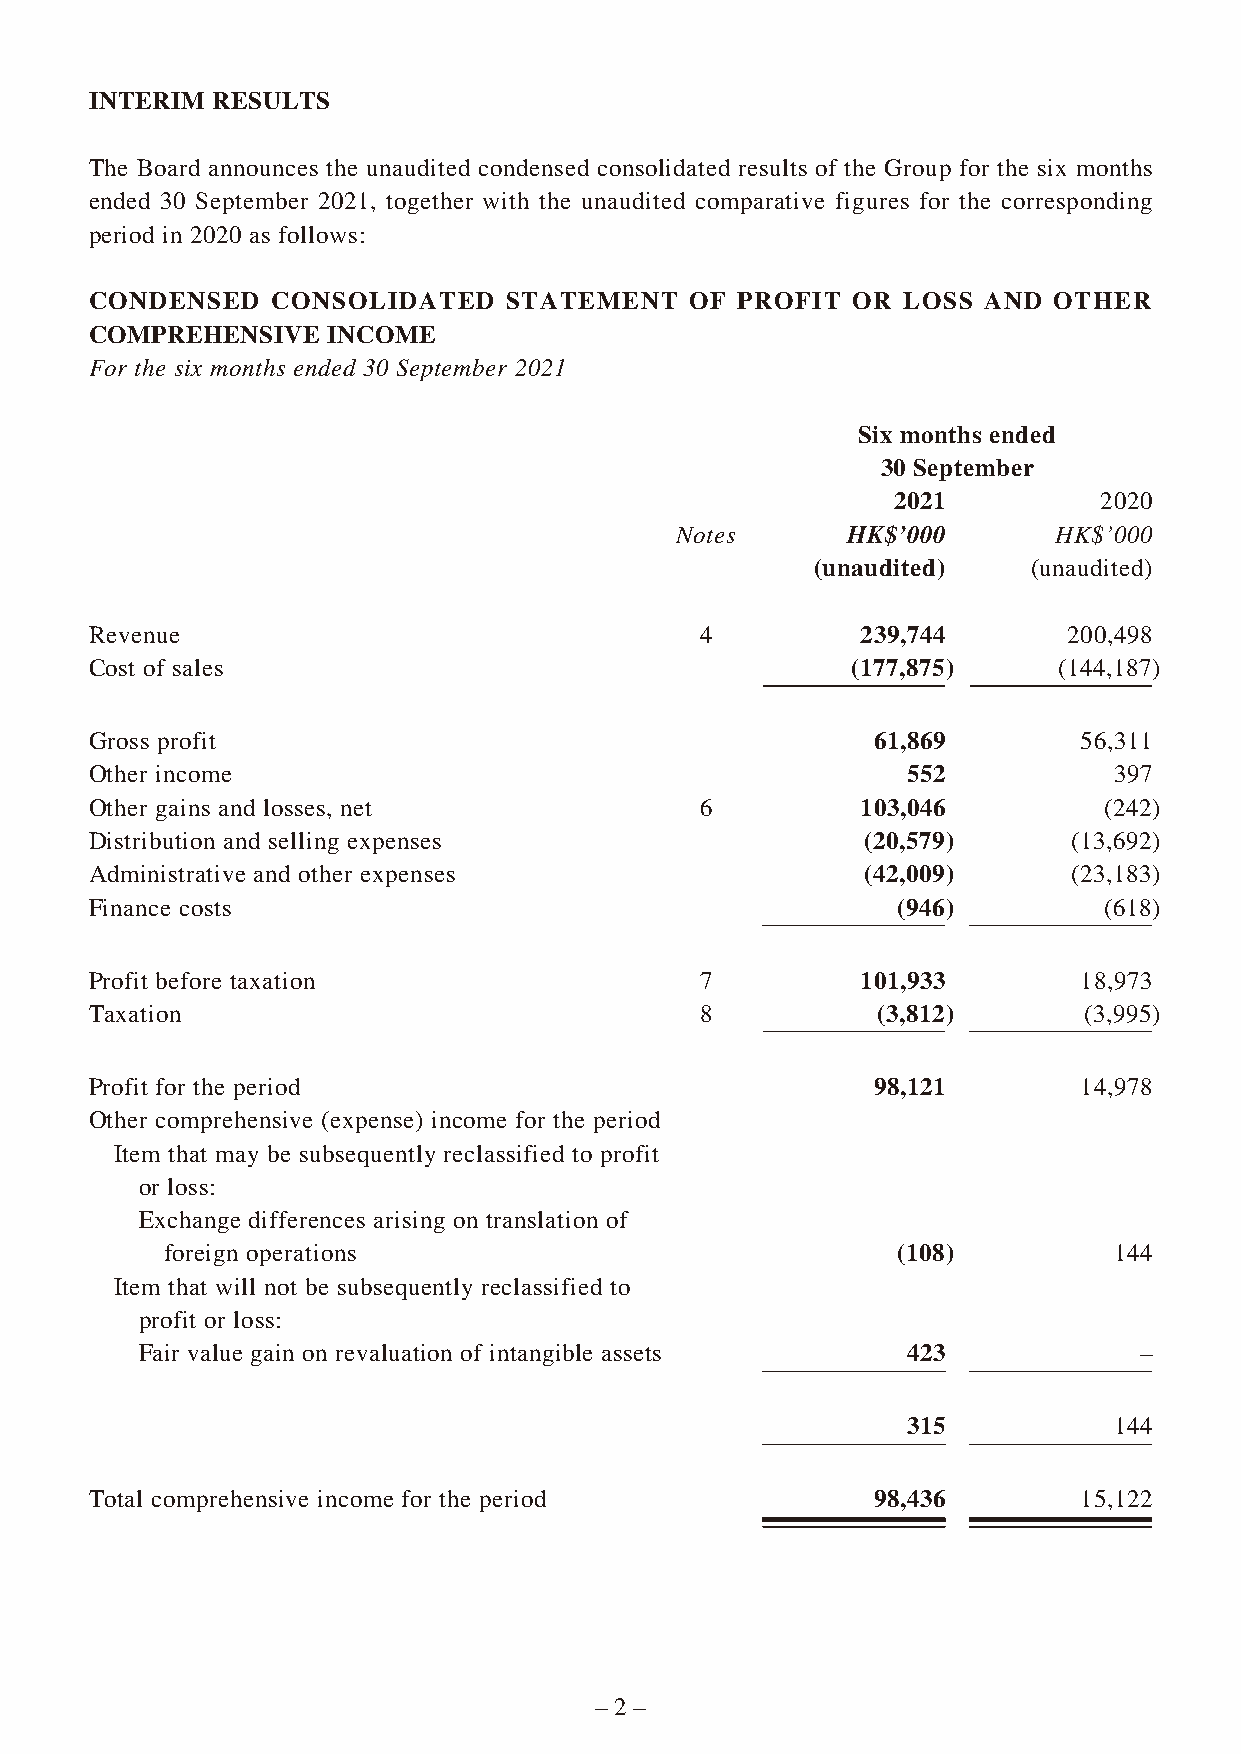
INTERIM RESULTS
 The Board announces the unaudited condensed consolidated results of the Group for the six months
 ended 30 September 2021, together with the unaudited comparative figures for the corresponding
 period in 2020 as follows:
 CONDENSED   CONSOLIDATED    STATEMENT   OF PROFIT OR  LOSS AND  OTHER
 COMPREHENSIVE   INCOME
 For the six months ended 30 September 2021
 Six months ended
 30 September
 2021          2020
 Notes      HK$’000       HK$’000
 (unaudited)   (unaudited)
 Revenue                                 4          239,744       200,498
 Cost of sales                                     (177,875)     (144,187)
 Gross profit                                        61,869       56,311
 Other income                                          552           397
 Other gains and losses, net             6          103,046         (242)
 Distribution and selling expenses                  (20,579)      (13,692)
 Administrative and other expenses                  (42,009)      (23,183)
 Finance costs                                        (946)         (618)
 Profit before taxation                  7          101,933       18,973
 Taxation                                8           (3,812)       (3,995)
 Profit for the period                               98,121       14,978
 Other comprehensive (expense) income for the period
 Item that may be subsequently reclassified to profit
 or loss:
 Exchange differences arising on translation of
 foreign operations                              (108)          144
 Item that will not be subsequently reclassified to
 profit or loss:
 Fair value gain on revaluation of intangible assets 423           –
 315           144
 Total comprehensive income for the period           98,436       15,122
 – 2 –